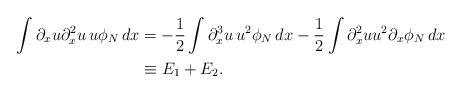
LaTeX: \begin{align*}\int \partial_x u\partial_x^2u\,u\phi_N\,dx&=-\frac12\int \partial_x^3u \,u^2\phi_N\,dx -\frac12\int \partial_x^2u u^2\partial_x\phi_N\,dx\\&\equiv E_1+E_2.\end{align*}